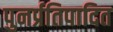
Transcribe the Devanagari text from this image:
पुनर्प्रतिपादित